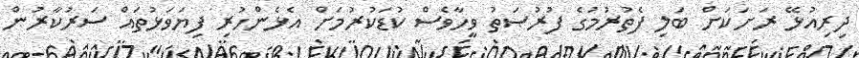
ދިރިއުޅޭ ރަށަކަށް ބަލި ފެތުރުމުގެ ފުރުޞަތު ވީހާވެސް ކުޑަކުރުމަށް އެޅެންހުރި ފިޔަވަޅުތައް ސަރުކާރުން